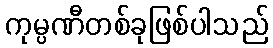
ကုမ္ပဏီတစ်ခုဖြစ်ပါသည်